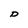
Character: D